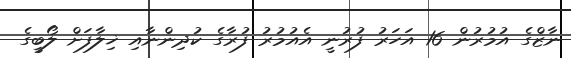
ނާޒްގެ އުމުރުން 16 އަހަރު ފުރުނީ އެއުމުރު ފުރާގެ ކުދިންނާއި ޚިލާފަށް ލޯބީގެ